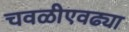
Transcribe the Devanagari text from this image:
चवळीएवढ्या